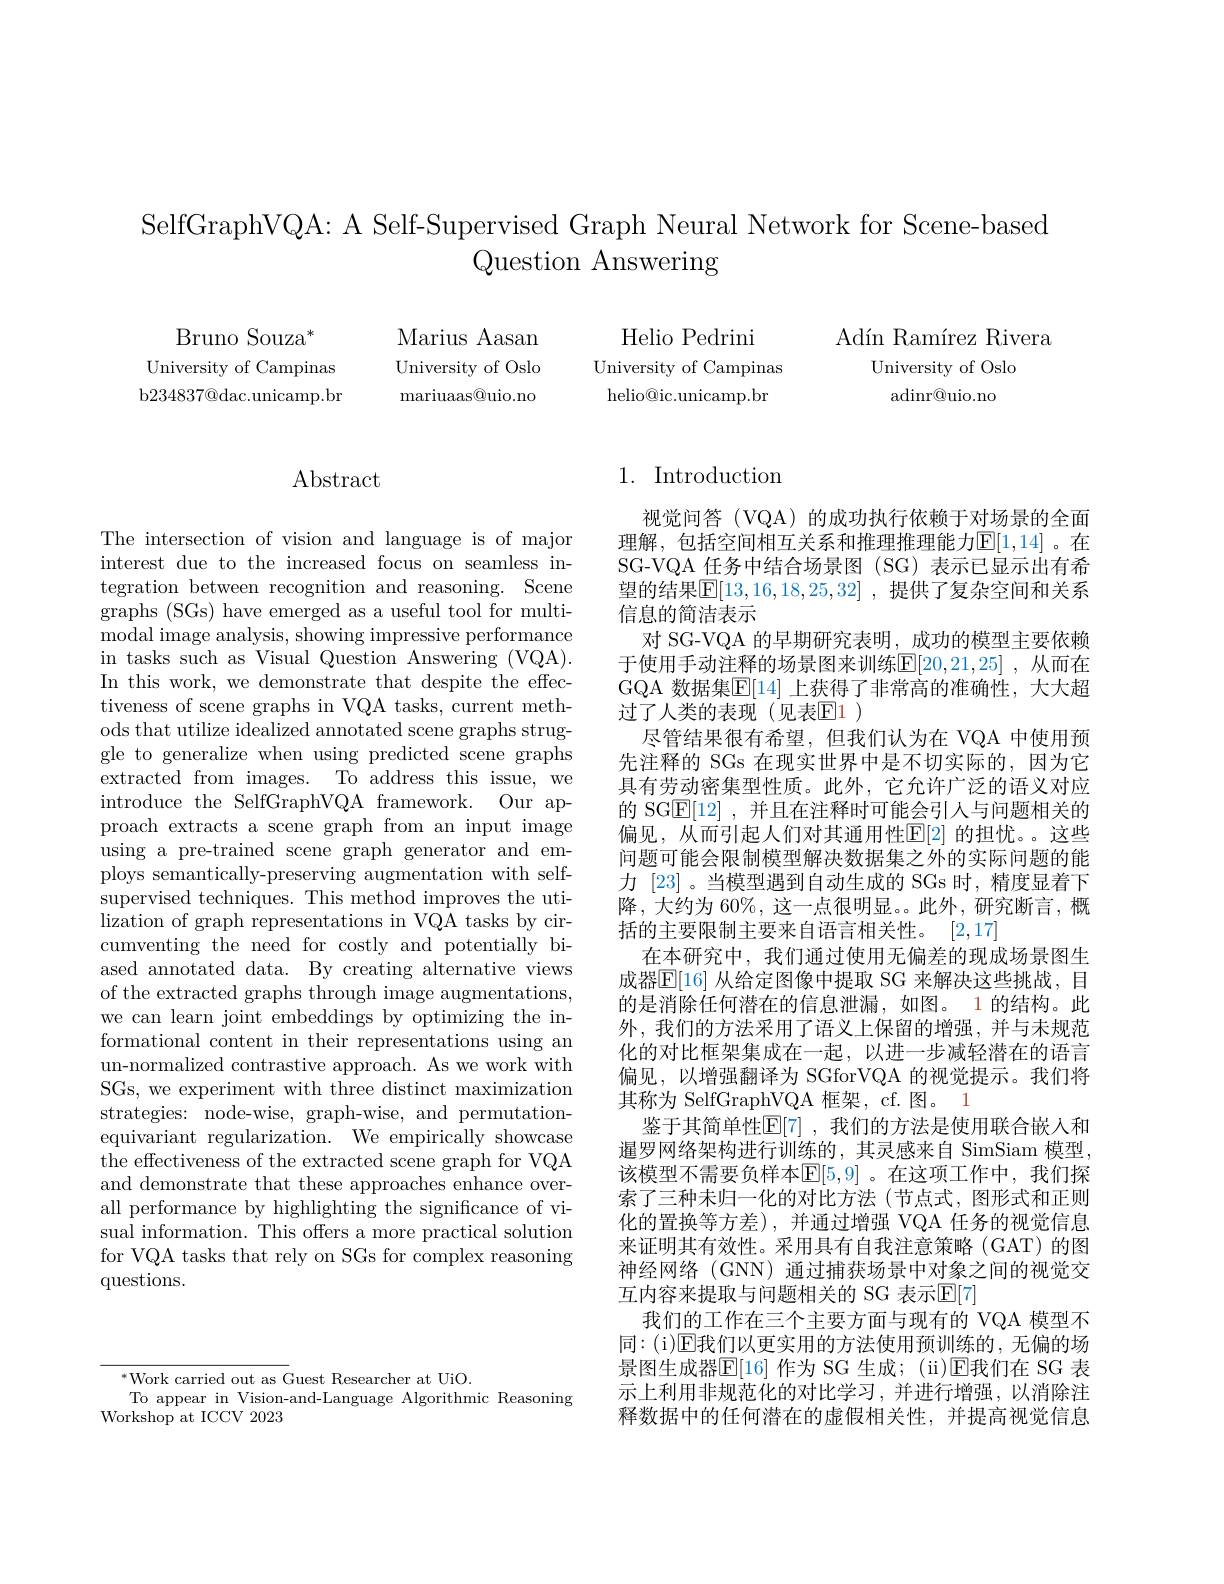
SelfGraphVQA: A Self-Supervised Graph Neural Network for Scene-based
# Question Answering

$\mathrm{Bruno~Souza}^{*}$
University of Campinas b234837@dac.unicamp.br

Marius Aasan University of Oslo mariuaas@uio.no

Helio Pedrini
University of Campinas helio@ic.unicamp.br

Adín Ramírez Rivera
University of Oslo
adinr@uio.no

## Abstract

The intersection of vision and language is of major interest due to the increased focus on seamless integration between recognition and reasoning. Scene graphs (SGs) have emerged as a useful tool for multimodal image analysis, showing impressive performance in tasks such as Visual Question Answering (VQA). In this work, we demonstrate that despite the effectiveness of scene graphs in VQA tasks, current methods that utilize idealized annotated scene graphs struggle to generalize when using predicted scene graphs extracted from images. To address this issue, we introduce the SelfGraphVQA framework. Our approach extracts a scene graph from an input image using a pre-trained scene graph generator and employs semantically-preserving augmentation with selfsupervised techniques. This method improves the utilization of graph representations in VQA tasks by circumventing the need for costly and potentially biased annotated data. By creating alternative views of the extracted graphs through image augmentations, we can learn joint embeddings by optimizing the informational content in their representations using an un-normalized contrastive approach. As we work with SGs, we experiment with three distinct maximization strategies: node-wise, graph-wise, and permutationequivariant regularization. We empirically showcase the effectiveness of the extracted scene graph for VQA and demonstrate that these approaches enhance overall performance by highlighting the significance of visual information. This offers a more practical solution for VQA tasks that rely on SGs for complex reasoning questions.

## 1. Introduction

视觉问答(VQA)的成功执行依赖于对场景的全面理解，包括空间相互关系和推理推理能力$\mathbb{E}[1,14]$。在SG-VQA 任务中结合场景图 (SG) 表示已显示出有希望的结果$\boxed{\mathbb{E}}[13,16,18,25,32]$ ,提供了复杂空间和关系信息的简洁表示
对 SG-VQA 的早期研究表明，成功的模型主要依赖于使用手动注释的场景图来训练$\overline{\mathbb{E}}[20,21,25]$ ,从而在GQA 数据集$\mathbb{E}[14]$ 上获得了非常高的准确性，大大超过了人类的表现(见表$\overline{\mathrm{E}}1)$
尽管结果很有希望，但我们认为在 VQA 中使用预先注释的 SGs 在现实世界中是不切实际的，因为它具有劳动密集型性质。此外，它允许广泛的语义对应的 SGE[12] ,并且在注释时可能会引人与问题相关的偏见，从而引起人们对其通用性$\mathbb{E}[2]$ 的担忧。。这些问题可能会限制模型解决数据集之外的实际问题的能力 [23] 。当模型遇到自动生成的 SGs 时，精度显着下降，大约为 60%, 这一点很明显。此外，研究断言，概括的主要限制主要来自语言相关性。[2,17]
在本研究中，我们通过使用无偏差的现成场景图生成器$\mathbb{E}[16]$ 从给定图像中提取 SG 来解决这些挑战，目的是消除任何潜在的信息泄漏，如图。1 的结构。此外，我们的方法采用了语义上保留的增强，并与未规范化的对比框架集成在一起，以进一步减轻潜在的语言偏见，以增强翻译为 SGforVQA 的视觉提示。我们将其称为 SelfGraphVQA 框架，cf. 图。1
鉴于其简单性$\mathbb{E}[7]$ ,我们的方法是使用联合嵌入和暹罗网络架构进行训练的，其灵感来自 SimSiam 模型， 该模型不需要负样本$\mathbb{E}[5,9]$ 。在这项工作中，我们探索了三种未归一化的对比方法(节点式，图形式和正则化的置换等方差),并通过增强 VQA 任务的视觉信息来证明其有效性。采用具有自我注意策略(GAT)的图神经网络(GNN)通过捕获场景中对象之间的视觉交互内容来提取与问题相关的 SG 表示$\mathbb{E}[7]$
我们的工作在三个主要方面与现有的 VQA 模型不同：(i)$\mathbb{E}$我们以更实用的方法使用预训练的，无偏的场景图生成器$\mathbb{E}[16]$ 作为 SG 生成；(ii)$\mathbb{E}$我们在 SG 表示上利用非规范化的对比学习，并进行增强，以消除注释数据中的任何潜在的虚假相关性，并提高视觉信息

$^{*}$Work carried out as Guest Researcher at UiO.
To appear in Vision-and-Language Algorithmic Reasoning
Workshop at ICCV 2023